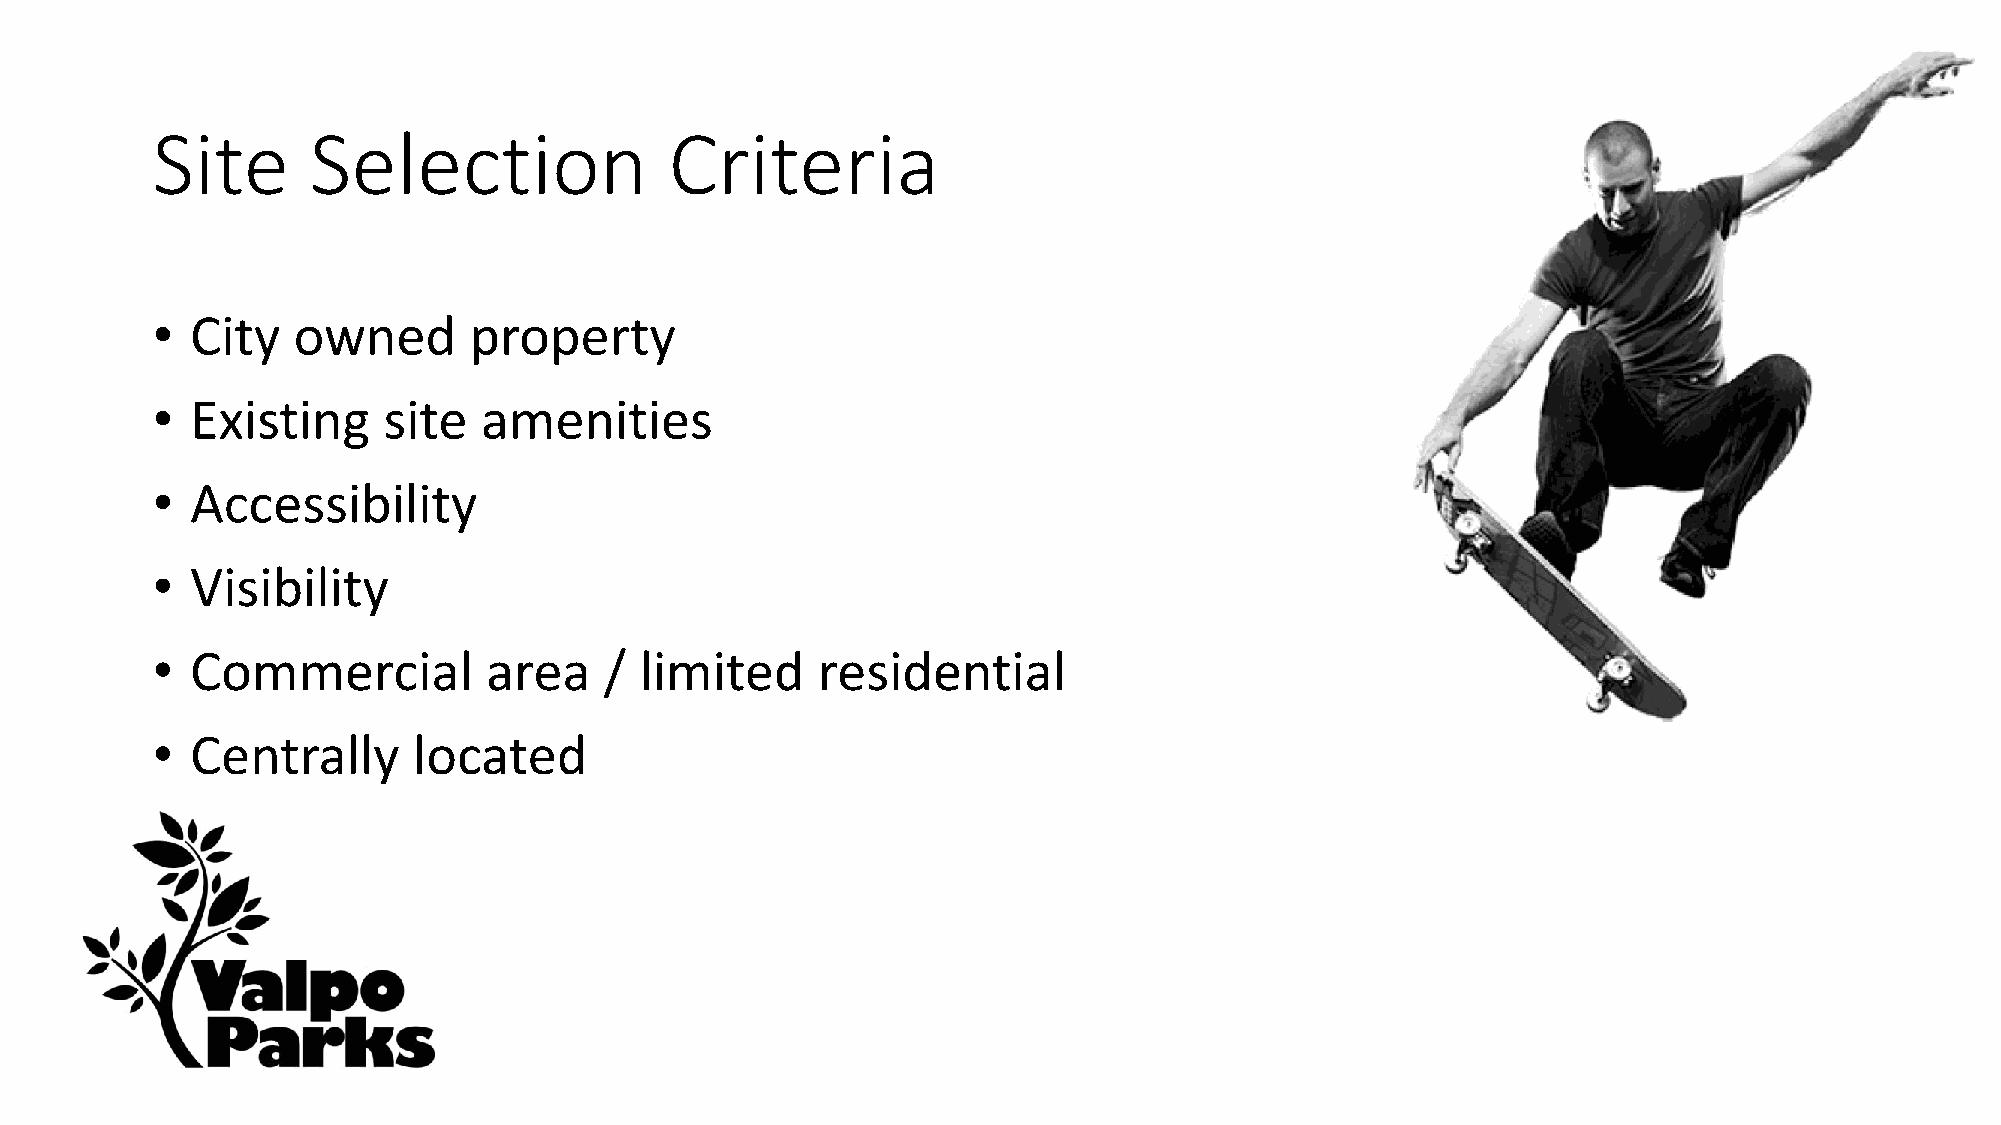
Site       Selection              Criteria
 •  City  owned       property
 •  Existing    site   amenities
 •  Accessibility
 •  Visibility
 •  Commercial         area    / limited     residential
 •  Centrally     located